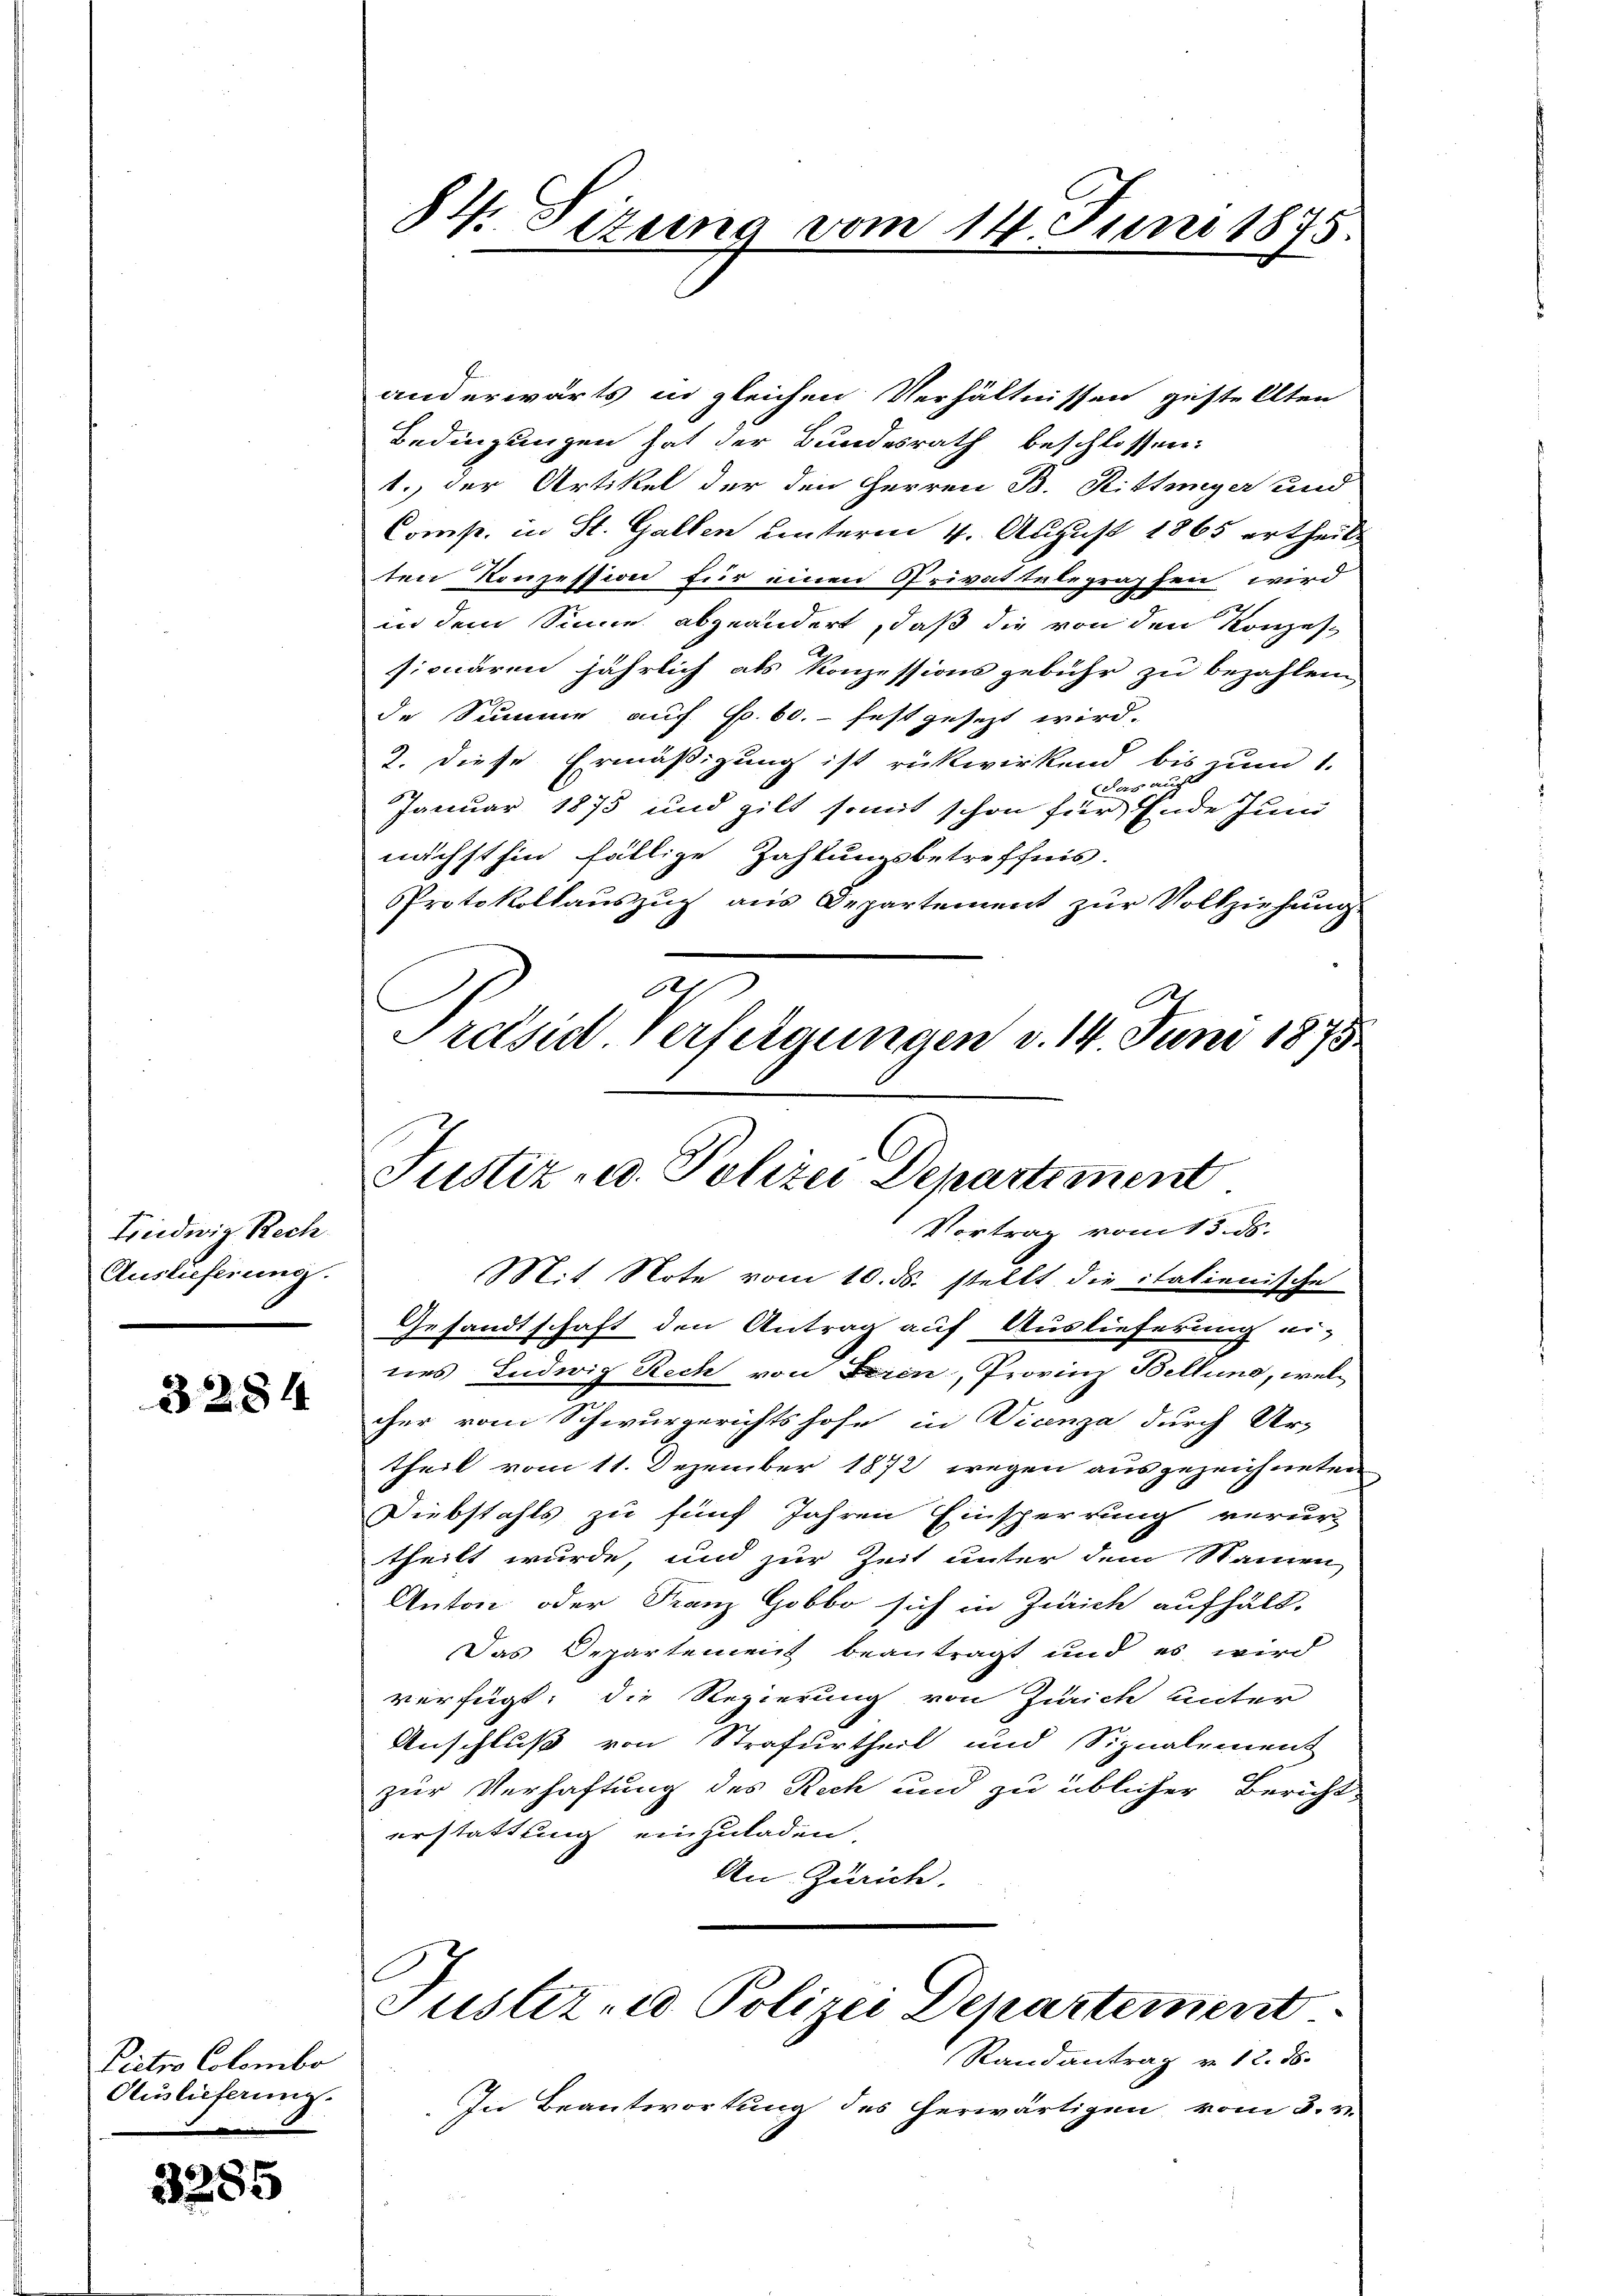
Ludwig Rech
Auslieferung.

3284

Pietro Colombo
Auslieferung.
.

3285

84. Sizung vom 14. Juni 1875.

anderwärts in gleichen Verhältnissen gestellten
Bedingungen hat der Bundesrath beschlossen:
1. der Artikel der den Herren B. Rittenger und
Comp. in St. Gallen unterm 4. August 1865 ertheilt
ten Konzession für einen Privattelegraphen wird
in dem Sinne abzuändert, daß die von den Konzes-
siquären jährlich als Konzessions gebühr zu bezahlen.

de Summe auf S. 60. festgesezt wird.
2. Diese Ermäßigung ist rükwirkend bis zum 1.
das auch
Januar 1875 und gilt somit schon für Ende Juni
nächsthin fällige Zahlungsbetreffnis.
Protokollauszug aus Departement zur Vollziehung
6
Preisin Verfügungen v. 14. Juni 1875

Justiz- u. Polizei Departiment
Vortrag vom 13. ds.

Mit Note vom 10. ds. stellt die italienische
Gesandtschaft den Antrag auf Auslieferung ei-
nes Ludwig Rech von Beren, Provinz Bellung, welcher vom Schwurgerichtshofe in Vicenza durch Ur-
theil vom 11. Dezember 1872 wegen ausgezeichneten
Diebstahls zu fünf Jahren Einsperrung verur
theilt wurde, und zur Zeit unter dem Namen
Anton oder Franz Hobbo sich in Zürich aufhält,
Das Departement beantragt und es wird
verfügt, die Regierung von Zürich unter
Anschluß von Strafurtheil und Signalement
zur Verhaftung des Rech und zu üblicher Bericht
erstattung einzuladen.
An Zürich.
Justiz- u Polizei Departement
Randantrag v. 12. ds.
In Beantwortung des herwärtigen vom 3. v.